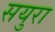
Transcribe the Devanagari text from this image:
सयुरा